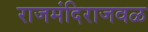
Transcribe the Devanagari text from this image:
राजमंदिराजवळ